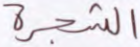
الشجرة